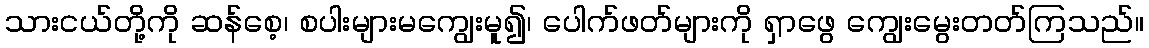
သားငယ်တို့ကို ဆန်စေ့၊ စပါးများမကျွေးမူ၍၊ ပေါက်ဖတ်များကို ရှာဖွေ ကျွေးမွေးတတ်ကြသည်။